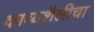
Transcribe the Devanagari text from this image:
काव्यशैलीचा